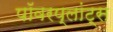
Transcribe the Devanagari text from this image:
पॉवरप्लांट्स